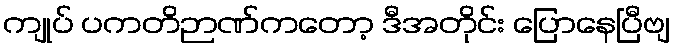
ကျုပ် ပကတိဉာဏ်ကတော့ ဒီအတိုင်း ပြောနေပြီဗျ